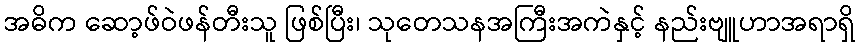
အဓိက ဆော့ဖ်ဝဲဖန်တီးသူ ဖြစ်ပြီး၊ သုတေသနအကြီးအကဲနှင့် နည်းဗျူဟာအရာရှိ